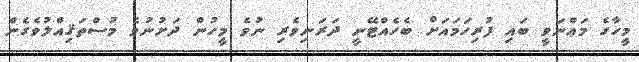
މީހާގެ މަޢްނަވީ ބައި ފުރިހަމައަށް ބެހެއްޓޭނީ ދަރަނިވެރި ނުވެ މީހުން ދަށުނުވެ މުސްތަޤިއްލުވެގެން